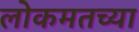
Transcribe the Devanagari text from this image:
लोकमतच्या